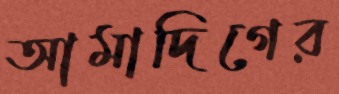
আমাদিগের